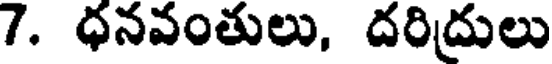
7. ధనవంతులు, దరిద్రులు